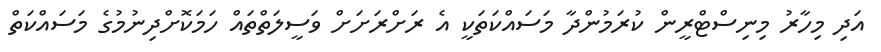
އަދި މިހާރު މިނިސްޓްރީން ކުރަމުންދާ މަސައްކަތަކީ އެ ރަށްރަށަށް ވަސީލަތްތައް ހަމަކޮށްދިނުމުގެ މަސައްކަތް